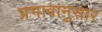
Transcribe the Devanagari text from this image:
प्रभावानुसार